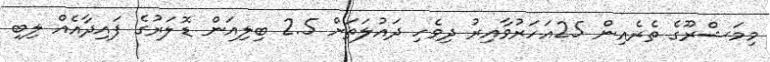
މިމަޝްރޫގެ ތެރެއިން 25އަހަރުވާއިރު ދިވެހި ދައުލަތަށް 2.5 ބިލިއަން ޑޮލަރުގެ ފައިދާއެއް ލިބި